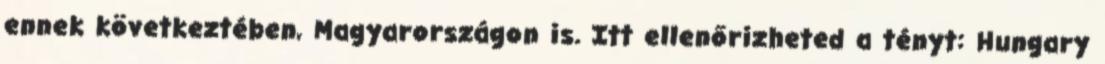
ennek következtében, Magyarországon is. Itt ellenőrizheted a tényt: Hungary